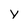
Character: y